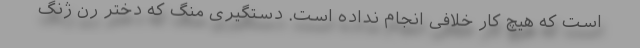
است که هیچ کار خلافی انجام نداده است. دستگیری منگ که دختر رِن ژنگ